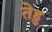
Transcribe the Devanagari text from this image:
तेहु